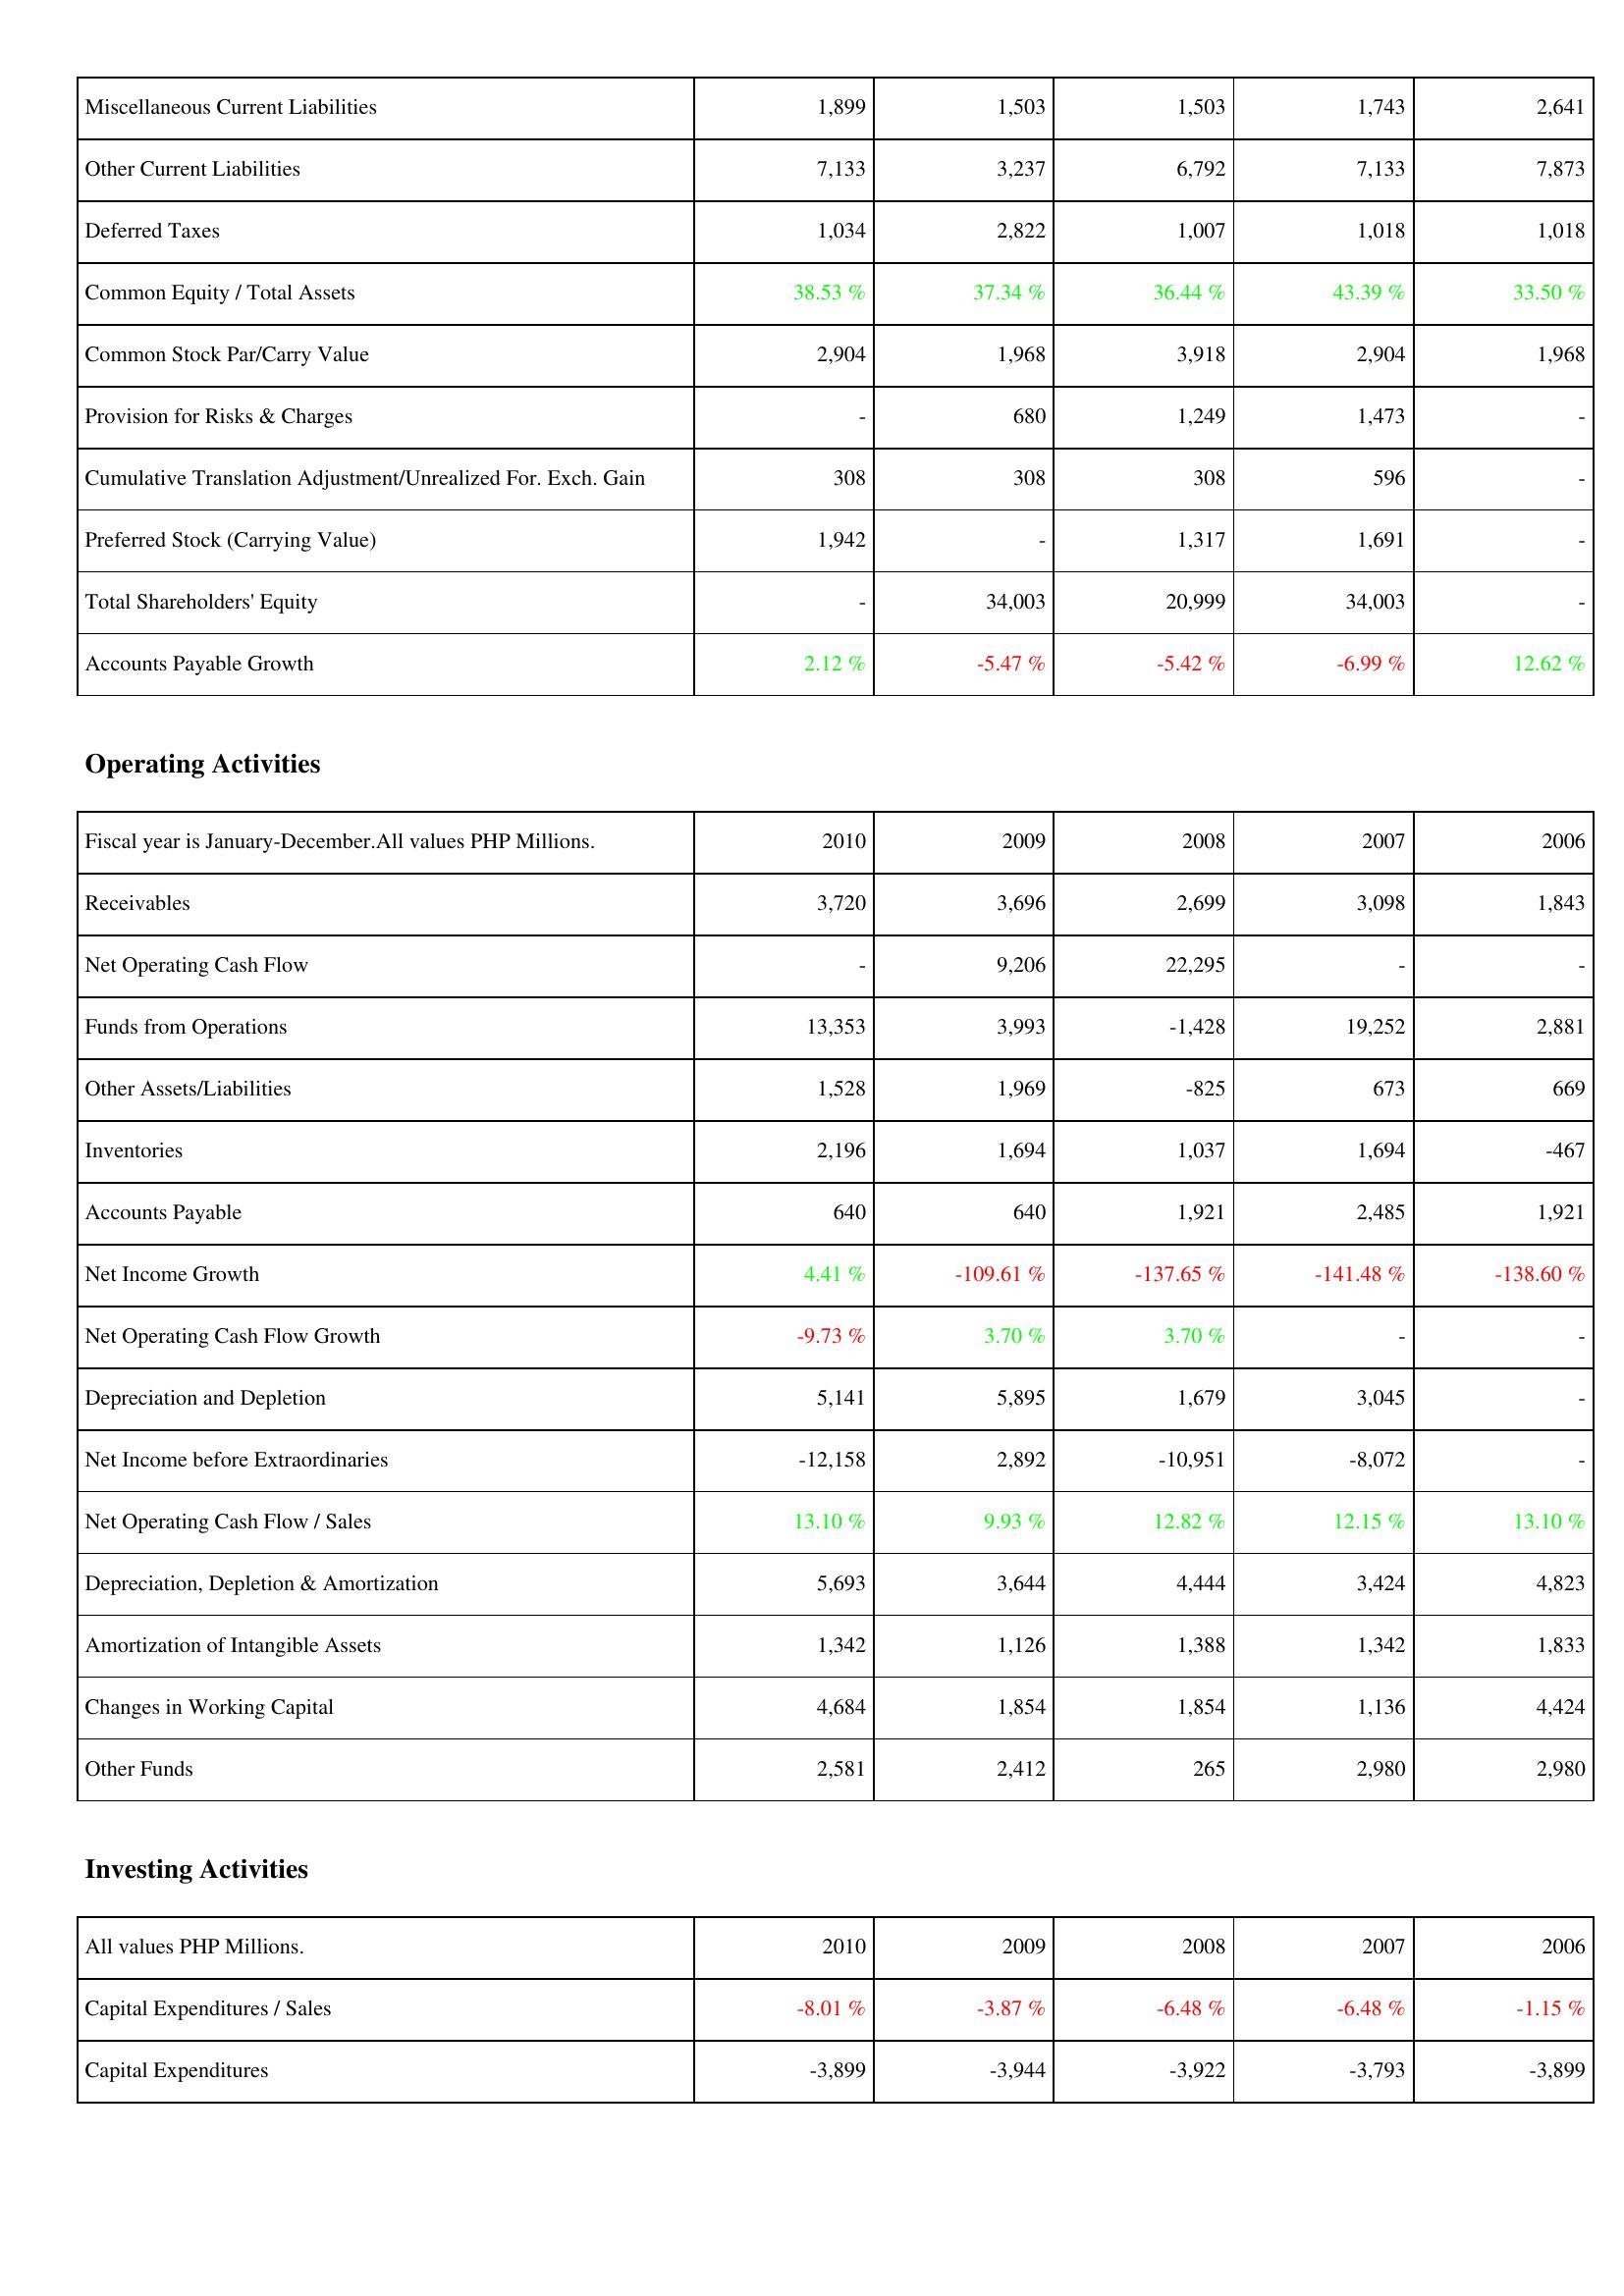
2010: Liabilities & Shareholders' Equity: Miscellaneous Current Liabilities: 1,899
Other Current Liabilities: 7,133
Deferred Taxes: 1,034
Common Equity / Total Assets: 38.53 %
Common Stock Par/Carry Value: 2,904
Provision for Risks & Charges: -
Cumulative Translation Adjustment/Unrealized For. Exch. Gain: 308
Preferred Stock (Carrying Value): 1,942
Total Shareholders' Equity: -
Accounts Payable Growth: 2.12 %
Operating Activities: Receivables: 3,720
Net Operating Cash Flow: -
Funds from Operations: 13,353
Other Assets/Liabilities: 1,528
Inventories: 2,196
Accounts Payable: 640
Net Income Growth: 4.41 %
Net Operating Cash Flow Growth: -9.73 %
Depreciation and Depletion: 5,141
Net Income before Extraordinaries: -12,158
Net Operating Cash Flow / Sales: 13.10 %
Depreciation, Depletion & Amortization: 5,693
Amortization of Intangible Assets: 1,342
Changes in Working Capital: 4,684
Other Funds: 2,581
Investing Activities: Capital Expenditures / Sales: -8.01 %
Capital Expenditures: -3,899
2009: Liabilities & Shareholders' Equity: Miscellaneous Current Liabilities: 1,503
Other Current Liabilities: 3,237
Deferred Taxes: 2,822
Common Equity / Total Assets: 37.34 %
Common Stock Par/Carry Value: 1,968
Provision for Risks & Charges: 680
Cumulative Translation Adjustment/Unrealized For. Exch. Gain: 308
Preferred Stock (Carrying Value): -
Total Shareholders' Equity: 34,003
Accounts Payable Growth: -5.47 %
Operating Activities: Receivables: 3,696
Net Operating Cash Flow: 9,206
Funds from Operations: 3,993
Other Assets/Liabilities: 1,969
Inventories: 1,694
Accounts Payable: 640
Net Income Growth: -109.61 %
Net Operating Cash Flow Growth: 3.70 %
Depreciation and Depletion: 5,895
Net Income before Extraordinaries: 2,892
Net Operating Cash Flow / Sales: 9.93 %
Depreciation, Depletion & Amortization: 3,644
Amortization of Intangible Assets: 1,126
Changes in Working Capital: 1,854
Other Funds: 2,412
Investing Activities: Capital Expenditures / Sales: -3.87 %
Capital Expenditures: -3,944
2008: Liabilities & Shareholders' Equity: Miscellaneous Current Liabilities: 1,503
Other Current Liabilities: 6,792
Deferred Taxes: 1,007
Common Equity / Total Assets: 36.44 %
Common Stock Par/Carry Value: 3,918
Provision for Risks & Charges: 1,249
Cumulative Translation Adjustment/Unrealized For. Exch. Gain: 308
Preferred Stock (Carrying Value): 1,317
Total Shareholders' Equity: 20,999
Accounts Payable Growth: -5.42 %
Operating Activities: Receivables: 2,699
Net Operating Cash Flow: 22,295
Funds from Operations: -1,428
Other Assets/Liabilities: -825
Inventories: 1,037
Accounts Payable: 1,921
Net Income Growth: -137.65 %
Net Operating Cash Flow Growth: 3.70 %
Depreciation and Depletion: 1,679
Net Income before Extraordinaries: -10,951
Net Operating Cash Flow / Sales: 12.82 %
Depreciation, Depletion & Amortization: 4,444
Amortization of Intangible Assets: 1,388
Changes in Working Capital: 1,854
Other Funds: 265
Investing Activities: Capital Expenditures / Sales: -6.48 %
Capital Expenditures: -3,922
2007: Liabilities & Shareholders' Equity: Miscellaneous Current Liabilities: 1,743
Other Current Liabilities: 7,133
Deferred Taxes: 1,018
Common Equity / Total Assets: 43.39 %
Common Stock Par/Carry Value: 2,904
Provision for Risks & Charges: 1,473
Cumulative Translation Adjustment/Unrealized For. Exch. Gain: 596
Preferred Stock (Carrying Value): 1,691
Total Shareholders' Equity: 34,003
Accounts Payable Growth: -6.99 %
Operating Activities: Receivables: 3,098
Net Operating Cash Flow: -
Funds from Operations: 19,252
Other Assets/Liabilities: 673
Inventories: 1,694
Accounts Payable: 2,485
Net Income Growth: -141.48 %
Net Operating Cash Flow Growth: -
Depreciation and Depletion: 3,045
Net Income before Extraordinaries: -8,072
Net Operating Cash Flow / Sales: 12.15 %
Depreciation, Depletion & Amortization: 3,424
Amortization of Intangible Assets: 1,342
Changes in Working Capital: 1,136
Other Funds: 2,980
Investing Activities: Capital Expenditures / Sales: -6.48 %
Capital Expenditures: -3,793
2006: Liabilities & Shareholders' Equity: Miscellaneous Current Liabilities: 2,641
Other Current Liabilities: 7,873
Deferred Taxes: 1,018
Common Equity / Total Assets: 33.50 %
Common Stock Par/Carry Value: 1,968
Provision for Risks & Charges: -
Cumulative Translation Adjustment/Unrealized For. Exch. Gain: -
Preferred Stock (Carrying Value): -
Total Shareholders' Equity: -
Accounts Payable Growth: 12.62 %
Operating Activities: Receivables: 1,843
Net Operating Cash Flow: -
Funds from Operations: 2,881
Other Assets/Liabilities: 669
Inventories: -467
Accounts Payable: 1,921
Net Income Growth: -138.60 %
Net Operating Cash Flow Growth: -
Depreciation and Depletion: -
Net Income before Extraordinaries: -
Net Operating Cash Flow / Sales: 13.10 %
Depreciation, Depletion & Amortization: 4,823
Amortization of Intangible Assets: 1,833
Changes in Working Capital: 4,424
Other Funds: 2,980
Investing Activities: Capital Expenditures / Sales: -1.15 %
Capital Expenditures: -3,899